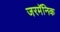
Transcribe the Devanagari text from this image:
जरमॅनिक